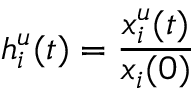
h _ { i } ^ { u } ( t ) = \frac { x _ { i } ^ { u } ( t ) } { x _ { i } ( 0 ) }